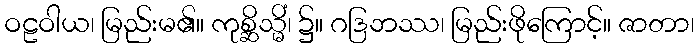
ဝဠဝါယ၊ မြည်းမ၏။ ကုစ္ဆိသ္မိံ၊ ၌။ ဂဒြဘဿ၊ မြည်းဖိုကြောင့်။ ဇာတာ၊